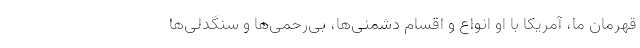
قهرمان ما، آمریکا با او انواع و اقسام دشمنی‌ها، بی‌رحمی‌ها و سنگدلی‌ها